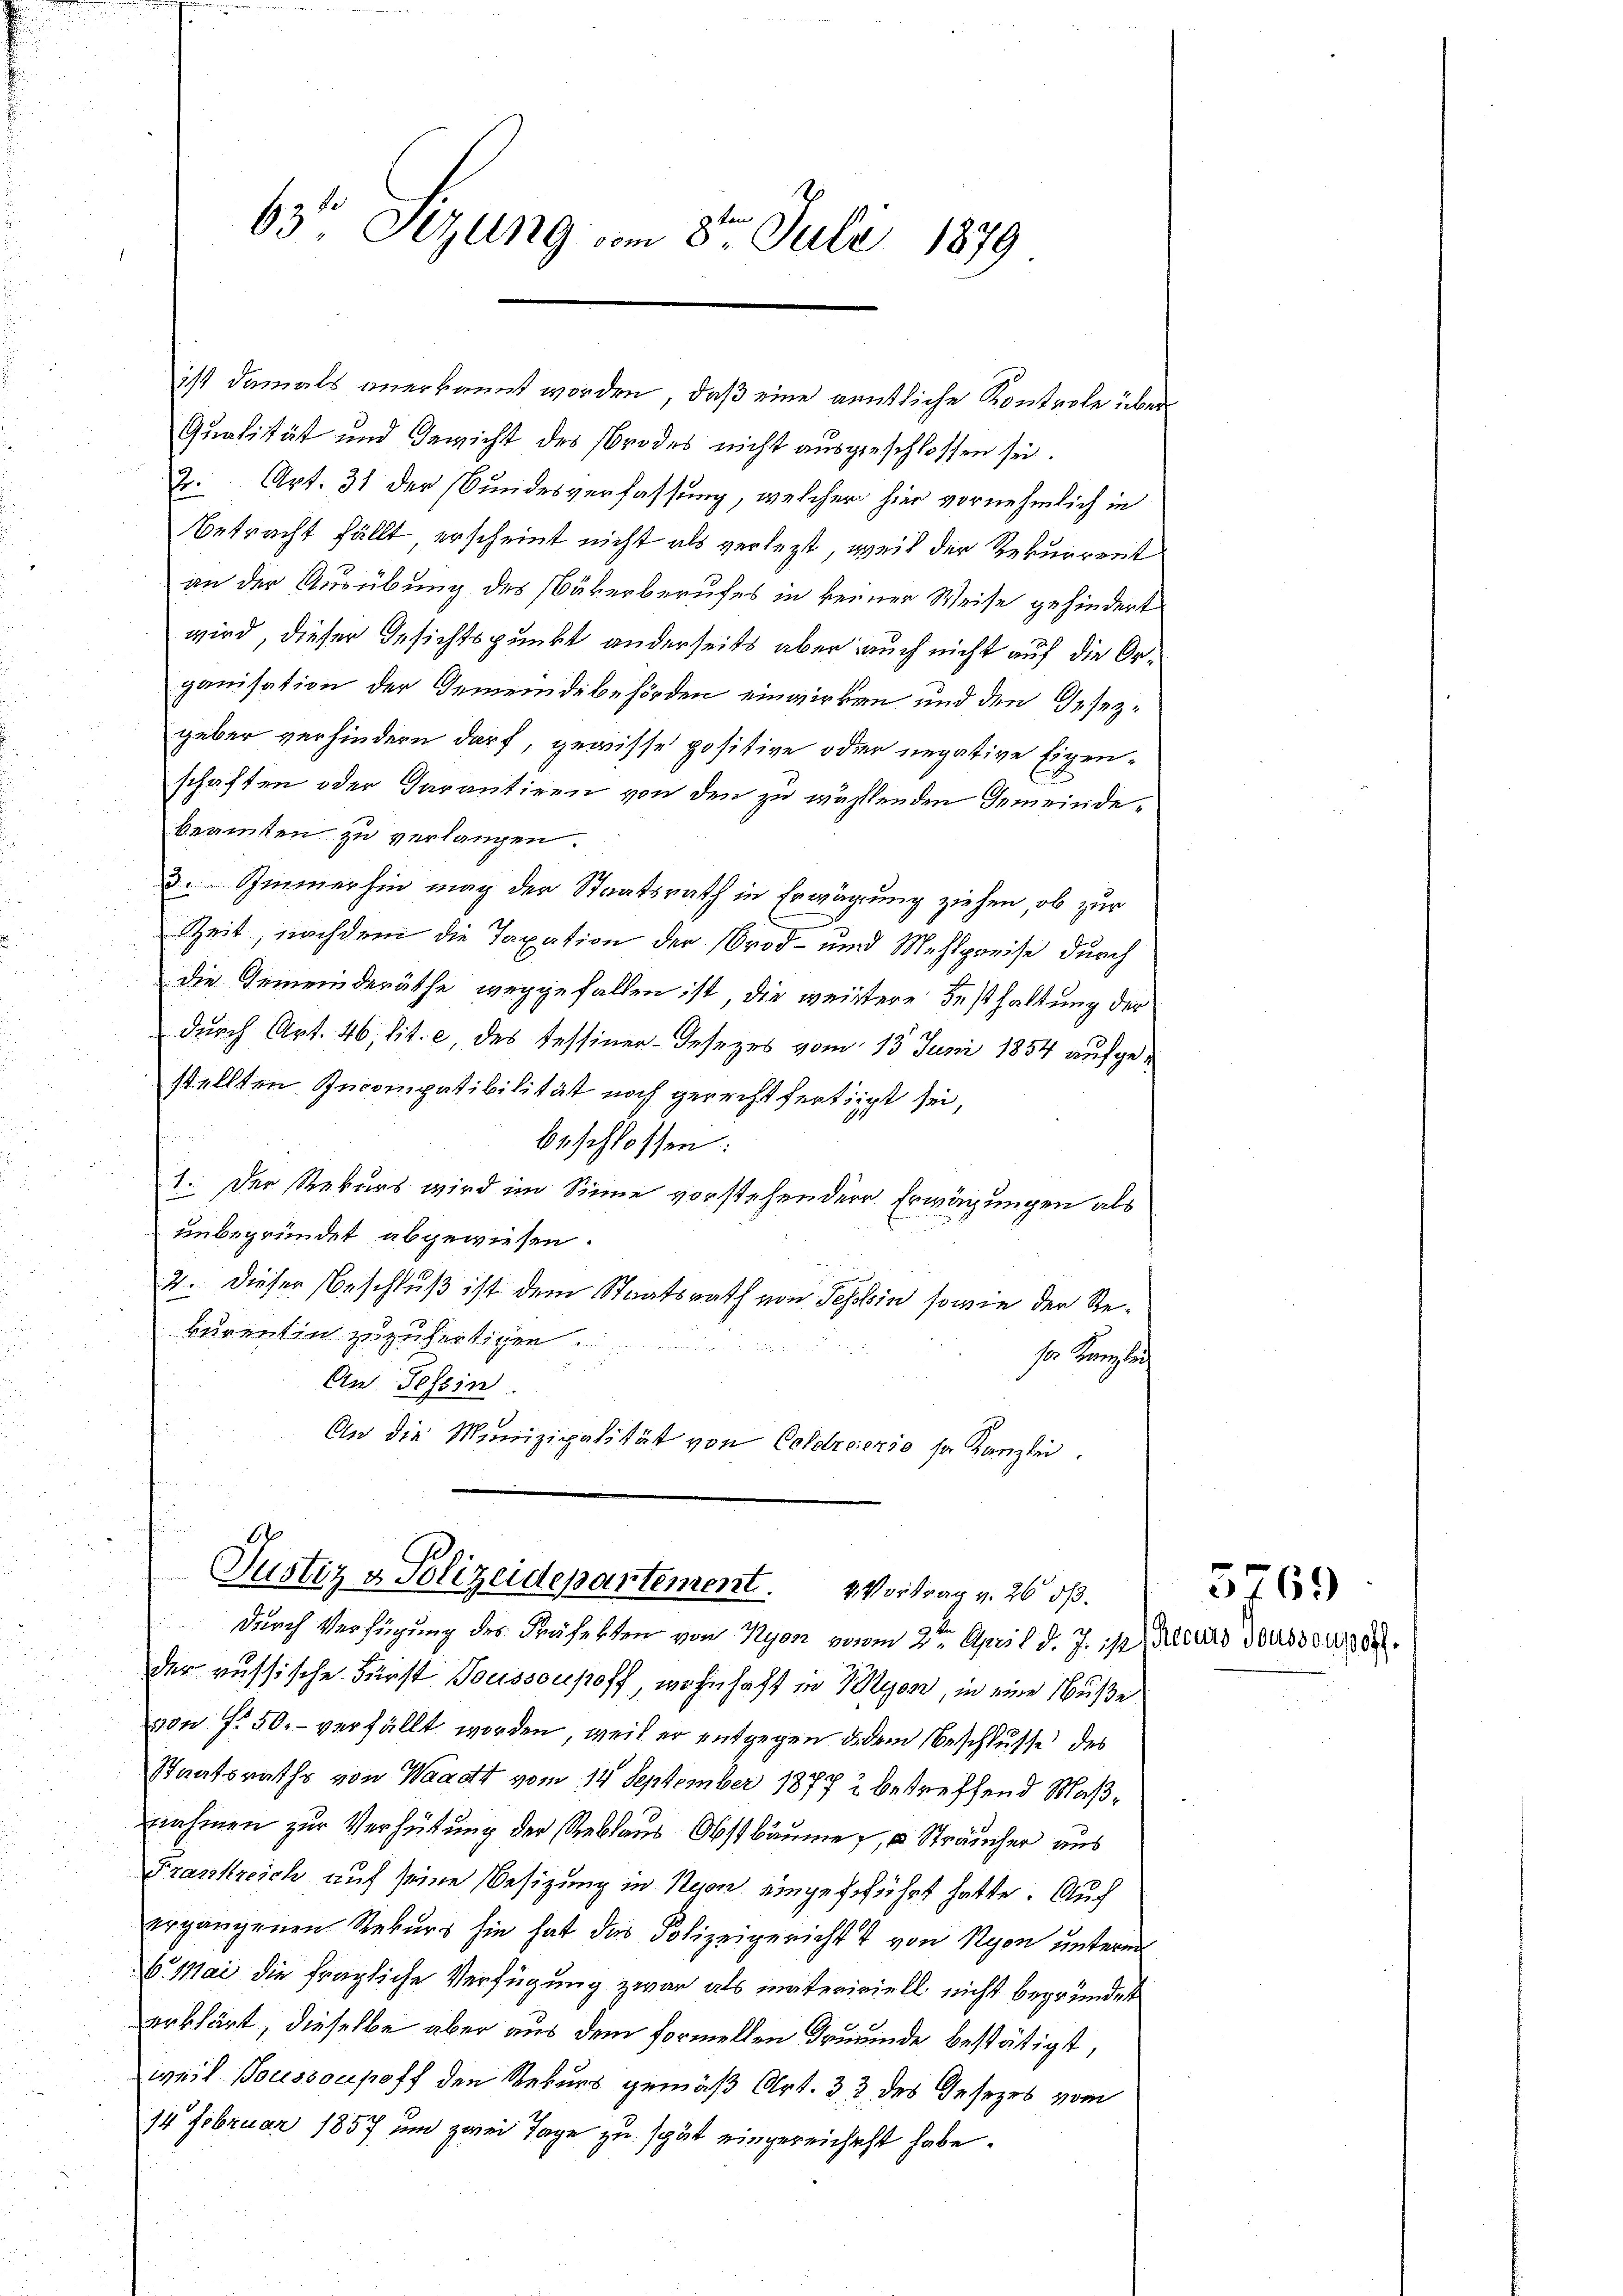
63° Sizung vom 8t Juli 1879

ist damals anerkannt worden, daß eine anntliche Kontrole über
Qualität und Gewicht des brodes nicht ausgeschlossen sei.
r. Art. 31 der Bundesverfassung, welcher hier vornehmlich in
Betracht fällt erscheint nicht als verletzt, weil der Rekurrent
an der Ausübung des Näkerberufes in keiner Weise gehindert
wird, dieser Gesichtspunkt anderseits aber auch nicht auf die Organisation der Gemeindebehörden einwirken und den Gesezgeber verhindern darf, gewisse positive oder negative Eigenschaften oder Darantiren von den zu wähltenden Gemeindebeamten zu verlangen.
3. Zimmerhin mag der Staatsrath in Erwägung ziehen, ob zur
Zeit, nachdem die Taxation der Ord- und Mehlpreise durch
die Gemeinderäthe weggefallen ist, die weitere Festhaltung der
durch Art. 46, lit. c, des Tessiner-Insezes vom 15. Juni 1854 aufgestellten Incompatibilität noch gerechtfertigt sei,
beschlossen:
1. Der Rekurs wird im Sinne vorstehender Erwägungen als
unbegründet abgewiesen.
2. Dieser Beschluß ist dem Staatsrath von Tessin sowie der Rekurentin zuzufertigen
se. Kanzlich
 2
An Tessin.
An die Munizipalität von Codicierso se Kanzlei.

Justiz & Polizeidepartement. 2 Vortrag v. 26 dß.
durch Verfügung des Präfekten von Nyon vom 2ten April d. J. ist, Alters Wassen 38.

der russische Fürst Toussonhoff, wohnhaft in Wyon, in eine Nüße
von f. 50.- verfällt worden, weil er entgegen de dem Beschlusse des
Staatsraths von Waadt vom 14. September 18772 betreffend Maßnahmen zur Verhütung der Reblaus Obstbäume, u Sträucher aus
Frankreich auf seine Besizung in Nesen eingeführt hatte. Auch
ergangenen Rekurs sie hat das Polizeigericht von Nyon unterm
6 Mai die fragliche Verfügung zwar als mateririell nicht begründet
erklärt, dieselbe aber aus dem formellen Freunde bestätigt,
weil Bousson hoff den Rekurs gemäß Art. 33 des Gesezes vom
14 Februar 1857 um zwei Tage zu spät eingereichst habe.

5769